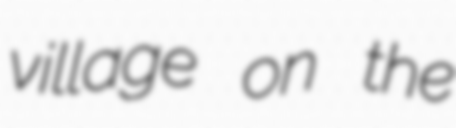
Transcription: village on the